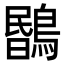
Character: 𪃯